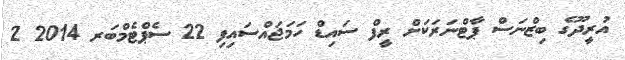
އުރީދޫގެ ބިޒްނަސް ޕާޓްނަރަކަށް ރީފް ސައިޑް ހަމަޖައްސައިފި 22 ސެޕްޓެމްބަރ 2014 2